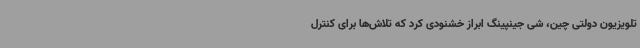
تلویزیون دولتی چین، شی جینپینگ ابراز خشنودی کرد که تلاش‌ها برای کنترل